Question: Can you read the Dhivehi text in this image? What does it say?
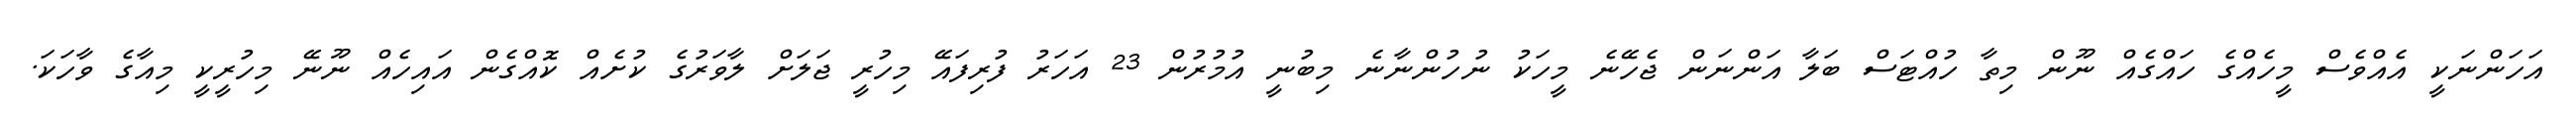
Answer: އަހަންނަކީ އެއްވެސް މީހެއްގެ ހައްގެއް ނޫން މިތާ ހުއްޓަސް ބަލާ އަންނަން ޖެހޭނެ މީހަކު ނުހުންނާނެ މިބުނީ އުމުރުން 23 އަހަރު ފުރިފައޭ މިހުރީ ޖަލަށް ލާވަރުގެ ކުށެއް ކޮއްގެން އައިހެއް ނޫނޭ މިހުރީކީ މިއާގެ ވާހަކަ.